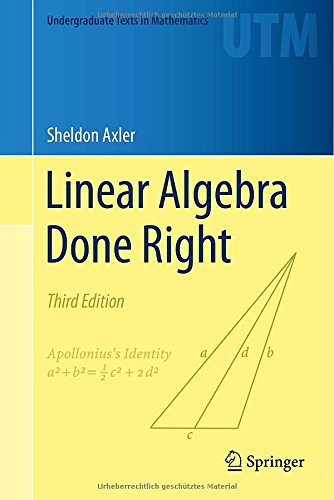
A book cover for Linear Algebra Done Right (Undergraduate Texts in Mathematics); Sheldon Axler; Science & Math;